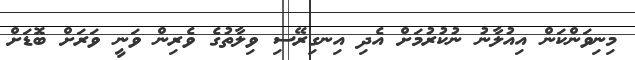
މިިނިވަންކަން އިއުލާނު ނުކުރުމަށް އެދި އިނގިރޭސި ވިލާތުގެ ވެރިން ވަނީ ވަރަށް ބޮޑަށް